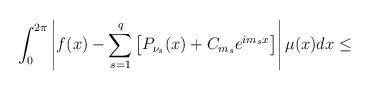
LaTeX: \begin{align*}\int_0^{2\pi} \left| f(x)- \sum_{s=1}^q \left [P_{\nu_s}(x)+C_{m_s}e^{im_sx} \right] \right| \mu(x)dx\leq\end{align*}